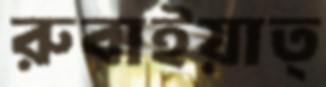
রুবাইয়াত্